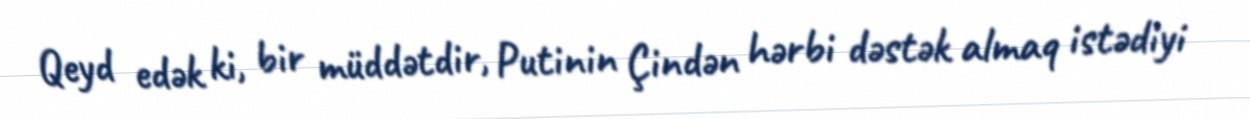
Qeyd edək ki, bir müddətdir, Putinin Çindən hərbi dəstək almaq istədiyi